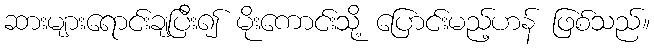
ဆားများရောင်းချပြီး၍ မိုးကောင်းသို့ ပြောင်းမည့်ဟန် ဖြစ်သည်။